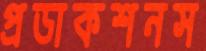
প্রডাকশনস